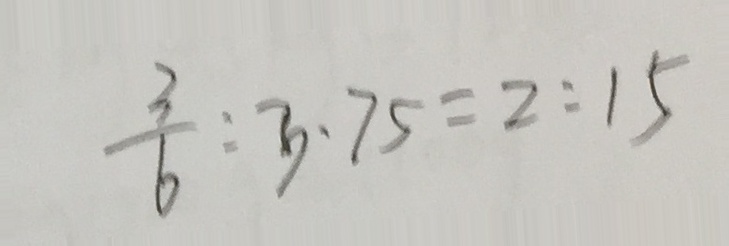
\frac { 3 } { 6 } : 3 . 7 5 = 2 : 1 5